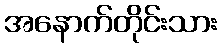
အနောက်တိုင်းသား